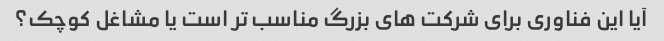
آیا این فناوری برای شرکت های بزرگ مناسب تر است یا مشاغل کوچک؟